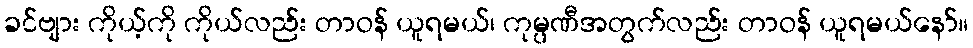
ခင်ဗျား ကိုယ့်ကို ကိုယ်လည်း တာဝန် ယူရမယ်၊ ကုမ္ပဏီအတွက်လည်း တာဝန် ယူရမယ်နော်။